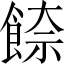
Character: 𩜪